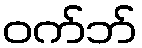
ဝက်ဘ်